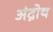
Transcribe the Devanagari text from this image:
अंद्रोथ